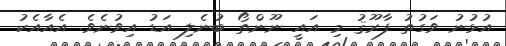
އުޅުނު ވަގުތު ފާރޫޤު މި އައީ ނޫންތޯ ބުނެލި އަޑު އިވުނެވެ. އެއާއެކު